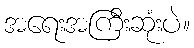
အရေးအကြီးဆုံးပဲ။